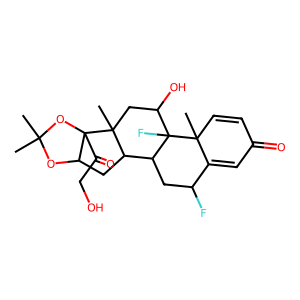
SMILES: CC1(C)OC2CC3C4CC(F)C5=CC(=O)C=CC5(C)C4(F)C(O)CC3(C)C2(C(=O)CO)O1
Inhibits HIV replication: No